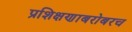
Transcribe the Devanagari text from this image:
प्रशिक्षणाबरोबरच